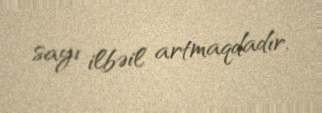
sayı ilbəil artmaqdadır.